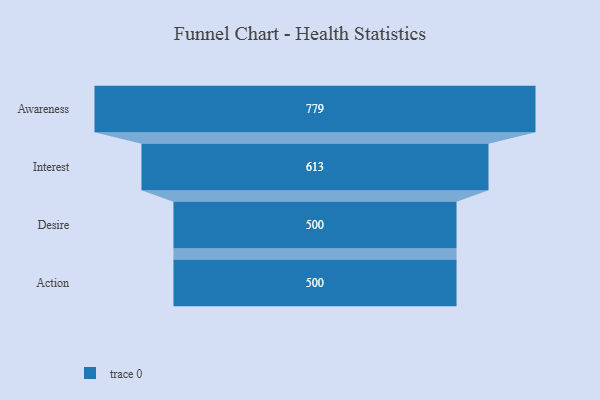
{"axis": {"x": "Stage", "y": "Value"}, "legend": [""], "data": [{"x": "Awareness", "y": 779.0, "type": ""}, {"x": "Interest", "y": 613.0, "type": ""}, {"x": "Desire", "y": 500, "type": ""}, {"x": "Action", "y": 500, "type": ""}]}